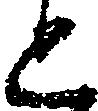
と